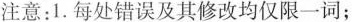
注意:1.每处错误及其修改均仅限一词;